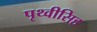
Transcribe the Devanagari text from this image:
पृथ्वीसिह